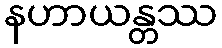
နဟာယန္တဿ